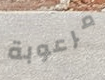
مرعوبة